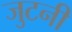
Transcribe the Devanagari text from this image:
जुटनी